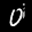
Label: 0